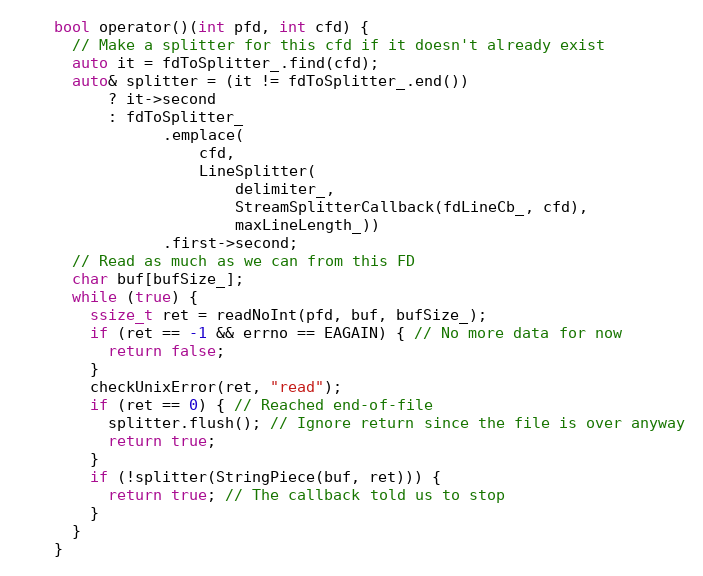
Language: C
    bool operator()(int pfd, int cfd) {
      // Make a splitter for this cfd if it doesn't already exist
      auto it = fdToSplitter_.find(cfd);
      auto& splitter = (it != fdToSplitter_.end())
          ? it->second
          : fdToSplitter_
                .emplace(
                    cfd,
                    LineSplitter(
                        delimiter_,
                        StreamSplitterCallback(fdLineCb_, cfd),
                        maxLineLength_))
                .first->second;
      // Read as much as we can from this FD
      char buf[bufSize_];
      while (true) {
        ssize_t ret = readNoInt(pfd, buf, bufSize_);
        if (ret == -1 && errno == EAGAIN) { // No more data for now
          return false;
        }
        checkUnixError(ret, "read");
        if (ret == 0) { // Reached end-of-file
          splitter.flush(); // Ignore return since the file is over anyway
          return true;
        }
        if (!splitter(StringPiece(buf, ret))) {
          return true; // The callback told us to stop
        }
      }
    }